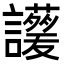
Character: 𧮁